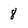
Character: 8